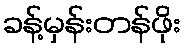
ခန့်မှန်းတန်ဖိုး